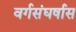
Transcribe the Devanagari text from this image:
वर्गसंघर्षास